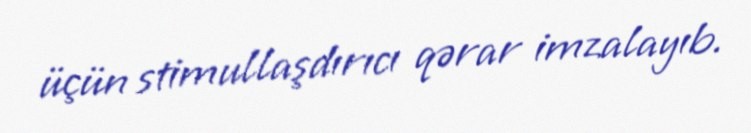
üçün stimullaşdırıcı qərar imzalayıb.